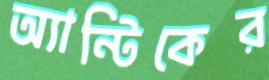
অ্যান্টিকের